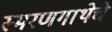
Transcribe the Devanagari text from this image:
स्मरणगाथेचे